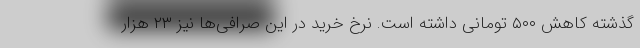
گذشته کاهش ۵۰۰ تومانی داشته است. نرخ خرید در این صرافی‌ها نیز ۲۳ هزار